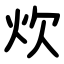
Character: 炊